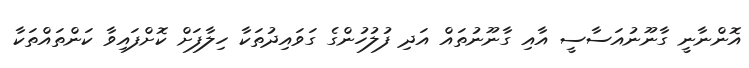
އޮންނާނީ ގާނޫނުއަސާސީ އާއި ގާނޫނުތައް އަދި ފުލުހުންގެ ގަވައިދުތަކާ ހިލާފަށް ކޮށްފައިވާ ކަންތައްތަކާ